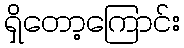
ရှိတော့ကြောင်း